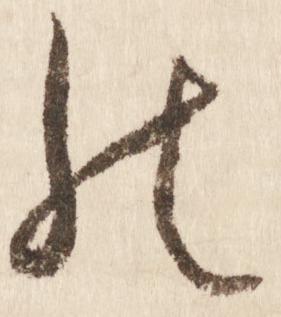
の